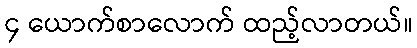
၄ ယောက်စာလောက် ထည့်လာတယ်။